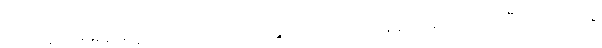
လုပ်လို့ အဖမ်းခံခဲ့ရဖူးသလို ပိတ်ရက်မှာ နွားတင်းကုပ် သန့်ရှင်းရေး ဝင်လုပ်ပြီး အပိုဝင်ငွေ